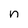
Character: n